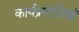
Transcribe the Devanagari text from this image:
कार्यप्रणालियाँ